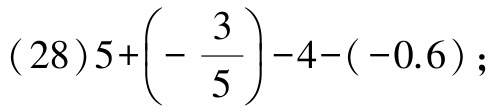
\((28)5+\left(-\dfrac{3}{5}\right)-4-(-0.6);\)